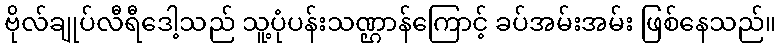
ဗိုလ်ချုပ်လီရီဒေါ့သည် သူ့ပုံပန်းသဏ္ဌာန်ကြောင့် ခပ်အမ်းအမ်း ဖြစ်နေသည်။